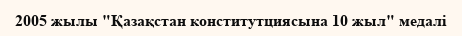
2005 жылы "Қазақстан конститутциясына 10 жыл" медалі